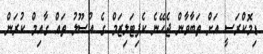
ޑިމޮކްރަސީ އަށް ތަބާވާން ޖެހޭނެ ކެޕިޓަލިޒަމް ގެ އުސޫލު ތައް ގާއިމް ކުރަން